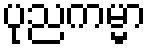
ပုညကမ္မာ